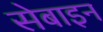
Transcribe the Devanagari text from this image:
सेबाइन